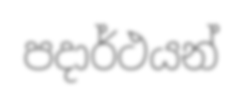
පදාර්ථයන්